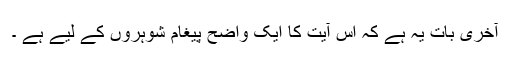
آخری بات یہ ہے کہ اس آیت کا ایک واضح پیغام شوہروں کے لیے ہے ۔